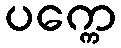
ပက္ကေ